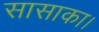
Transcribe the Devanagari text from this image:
सासाका।